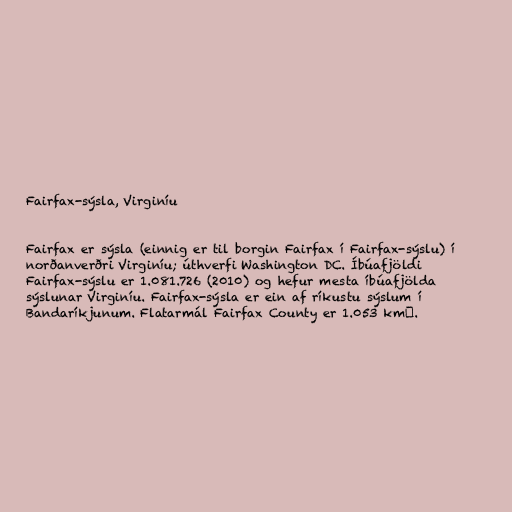
Fairfax-sýsla, Virginíu

Fairfax er sýsla (einnig er til borgin Fairfax í Fairfax-sýslu) í
norðanverðri Virginíu; úthverfi Washington DC. Íbúafjöldi
Fairfax-sýslu er 1.081.726 (2010) og hefur mesta íbúafjölda
sýslunar Virginíu. Fairfax-sýsla er ein af ríkustu sýslum í
Bandaríkjunum. Flatarmál Fairfax County er 1.053 km².